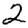
Digit: 2